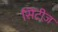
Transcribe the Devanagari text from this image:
सिंटीज़